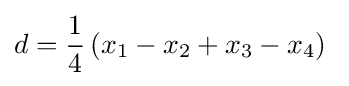
d={\frac {1}{4}}\left(x_{1}-x_{2}+x_{3}-x_{4}\right)\